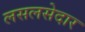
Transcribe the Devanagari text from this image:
लसलसेदार